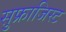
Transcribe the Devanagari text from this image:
सुफ्राजिस्ट